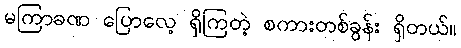
မကြာခဏ ပြောလေ့ ရှိကြတဲ့ စကားတစ်ခွန်း ရှိတယ်။